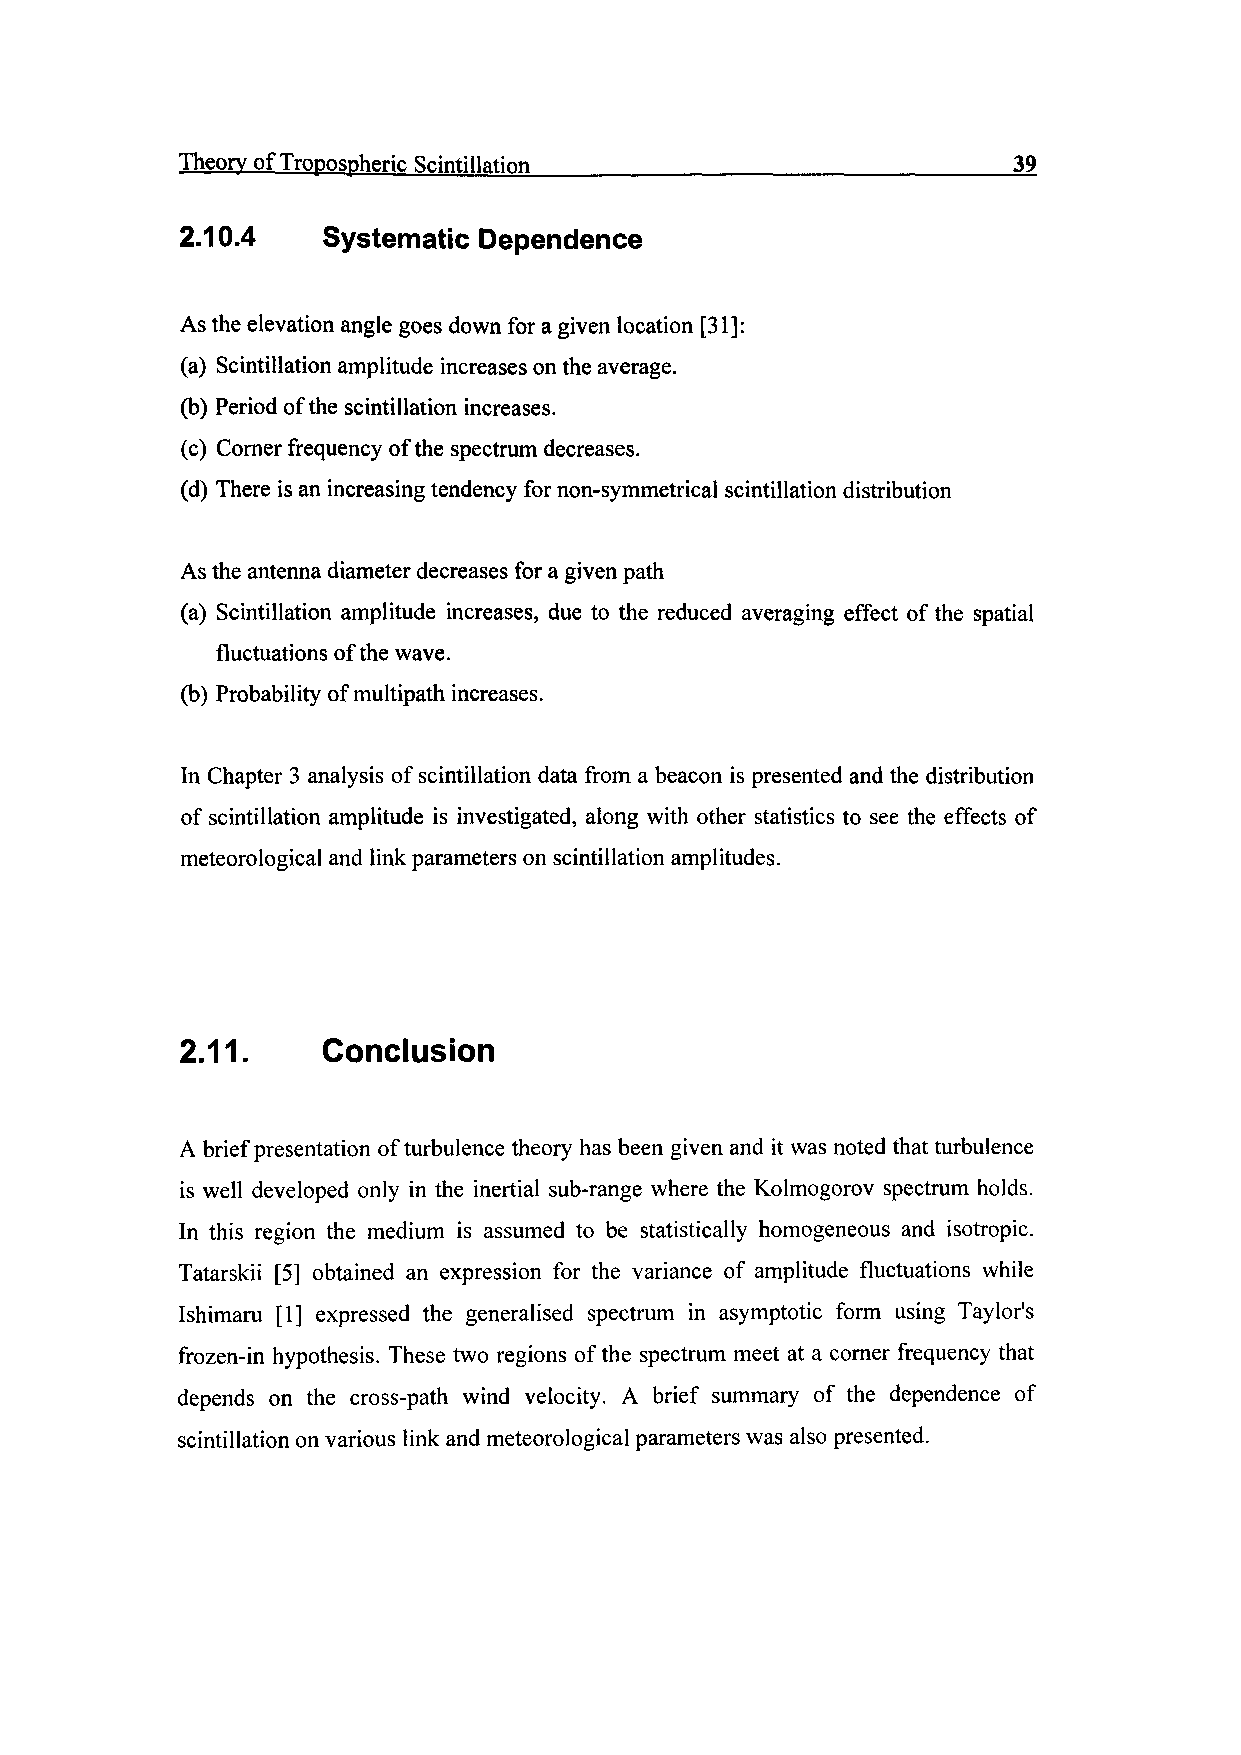
Theory of Tropospheric Scintillation____________________________39
 2.10.4   Systematic Dependence
 As the elevation angle goes down for a given location [31]:
 (a) Scintillation amplitude increases on the average.
 (b) Period of the scintillation increases.
 (c) Corner frequency of the spectrum decreases.
 (d) There is an increasing tendency for non-symmetrical scintillation distribution
 As the antenna diameter decreases for a given path
 (a) Scintillation amplitude increases, due to the reduced averaging effect of the spatial
 fluctuations of the wave.
 (b) Probability of multipath increases.
 In Chapter 3 analysis of scintillation data from a beacon is presented and the distribution
 of scintillation amplitude is investigated, along with other statistics to see the effects of
 meteorological and link parameters on scintillation amplitudes.
 2.11.    Conclusion
 A brief presentation of turbulence theory has been given and it was noted that turbulence
 is well developed only in the inertial sub-range where the Kolmogorov spectrum holds.
 In this region the medium is assumed to be statistically homogeneous and isotropic.
 Tatarskii [5] obtained an expression for the variance of amplitude fluctuations while
 Ishimaru [1] expressed the generalised spectrum in asymptotic form using Taylor's
 frozen-in hypothesis. These two regions of the spectrum meet at a corner frequency that
 depends on the cross-path wind velocity. A brief summary of the dependence of
 scintillation on various link and meteorological parameters was also presented.